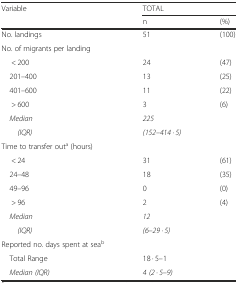
<table><thead><tr><td><b>Variable</b></td><td colspan="2"><b>TOTAL</b></td></tr><tr><td></td><td><b>n</b></td><td><b>(%)</b></td></tr></thead><tbody><tr><td>No. landings</td><td>51</td><td>(100)</td></tr><tr><td>No. of migrants per landing</td><td></td><td></td></tr><tr><td>&lt; 200</td><td>24</td><td>(47)</td></tr><tr><td> 201–400</td><td>13</td><td>(25)</td></tr><tr><td> 401–600</td><td>11</td><td>(22)</td></tr><tr><td>&gt; 600</td><td>3</td><td>(6)</td></tr><tr><td> <i>Median</i></td><td><i>225</i></td><td rowspan="2"></td></tr><tr><td><i>(IQR)</i></td><td><i>(152–414 · 5)</i></td></tr><tr><td>Time to transfer out<sup>a</sup> (hours)</td><td></td><td></td></tr><tr><td>&lt; 24</td><td>31</td><td>(61)</td></tr><tr><td> 24–48</td><td>18</td><td>(35)</td></tr><tr><td> 49–96</td><td>0</td><td>(0)</td></tr><tr><td>&gt; 96</td><td>2</td><td>(4)</td></tr><tr><td> <i>Median</i></td><td><i>12</i></td><td rowspan="2"></td></tr><tr><td><i>(IQR)</i></td><td><i>(6–29 · 5)</i></td></tr><tr><td>Reported no. days spent at sea<sup>b</sup></td><td></td><td></td></tr><tr><td> Total Range</td><td>18 <i>·</i> 5–1</td><td></td></tr><tr><td> <i>Median (IQR)</i></td><td><i>4 (2 · 5–9)</i></td><td></td></tr></tbody></table>